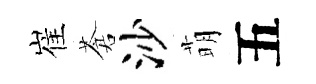
崔蒼沙萌五